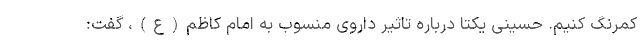
کمرنگ کنیم. حسینی یکتا درباره تاثیر داروی منسوب به امام کاظم(ع)، گفت: